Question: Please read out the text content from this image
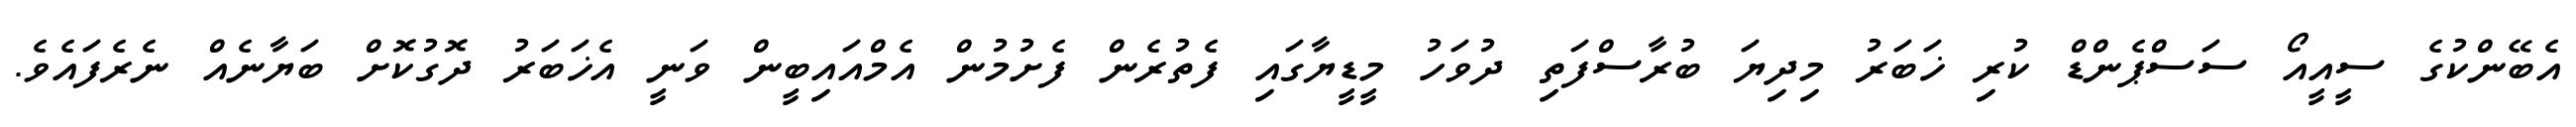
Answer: އެބޭންކުގެ ސީއީއޯ ސަސްޕެންޑް ކުރި ޚަބަރު މިދިޔަ ބުރާސްފަތި ދުވަހު މީޑީޔާގައި ފެތުރެން ފެށުމުން އެމްއައިބީން ވަނީ އެޚަބަރު ދޮގުކޮށް ބަޔާނެއް ނެރެފައެވެ.